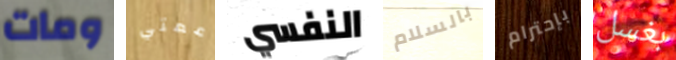
ومات عمتي النفسي بالسلام بإحترام بغسل